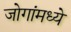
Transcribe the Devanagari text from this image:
जोगांमध्ये